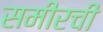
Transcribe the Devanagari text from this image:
समीरची